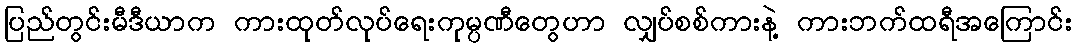
ပြည်တွင်းမီဒီယာက ကားထုတ်လုပ်ရေးကုမ္ပဏီတွေဟာ လျှပ်စစ်ကားနဲ့ ကားဘက်ထရီအကြောင်း